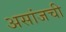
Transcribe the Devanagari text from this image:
असांजची